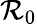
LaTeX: \mathcal{R}_{0}